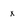
Character: x